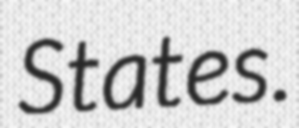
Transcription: States.